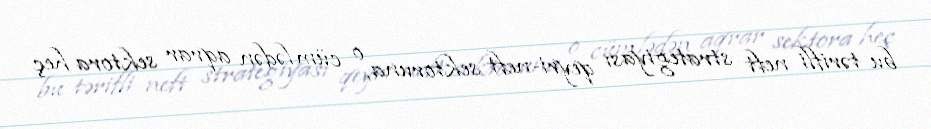
bu tərifli neft strategiyası qeyri-neft sektoruna, o cümlədən aqrar sektora heç